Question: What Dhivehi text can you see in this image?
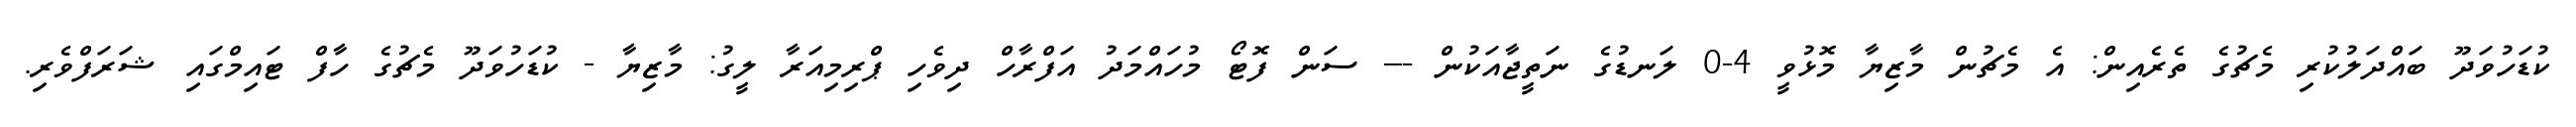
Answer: ކުޑަހުވަދޫ ބައްދަލުކުރި މެޗުގެ ތެރެއިން: އެ މެޗުން މާޒިޔާ މޮޅުވީ 4-0 ލަނޑުގެ ނަތީޖާއަކުން --- ސަން ފޮޓޯ މުހައްމަދު އަފްރާހް ދިވެހި ޕްރިމިއަރާ ލީގު: މާޒިޔާ - ކުޑަހުވަދޫ މެޗުގެ ހާފް ޓައިމްގައި ޝަރަފްވެރި.